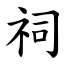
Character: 祠